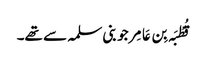
قُطْبَہ بِن عَامِر جو بنی سلمہ سے تھے۔